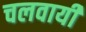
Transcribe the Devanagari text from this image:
चलवायी